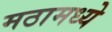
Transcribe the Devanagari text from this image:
मठामध्ये